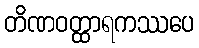
တိဏဝတ္ထာရကဿပေ